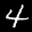
Label: 4